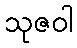
သုဇဝါ